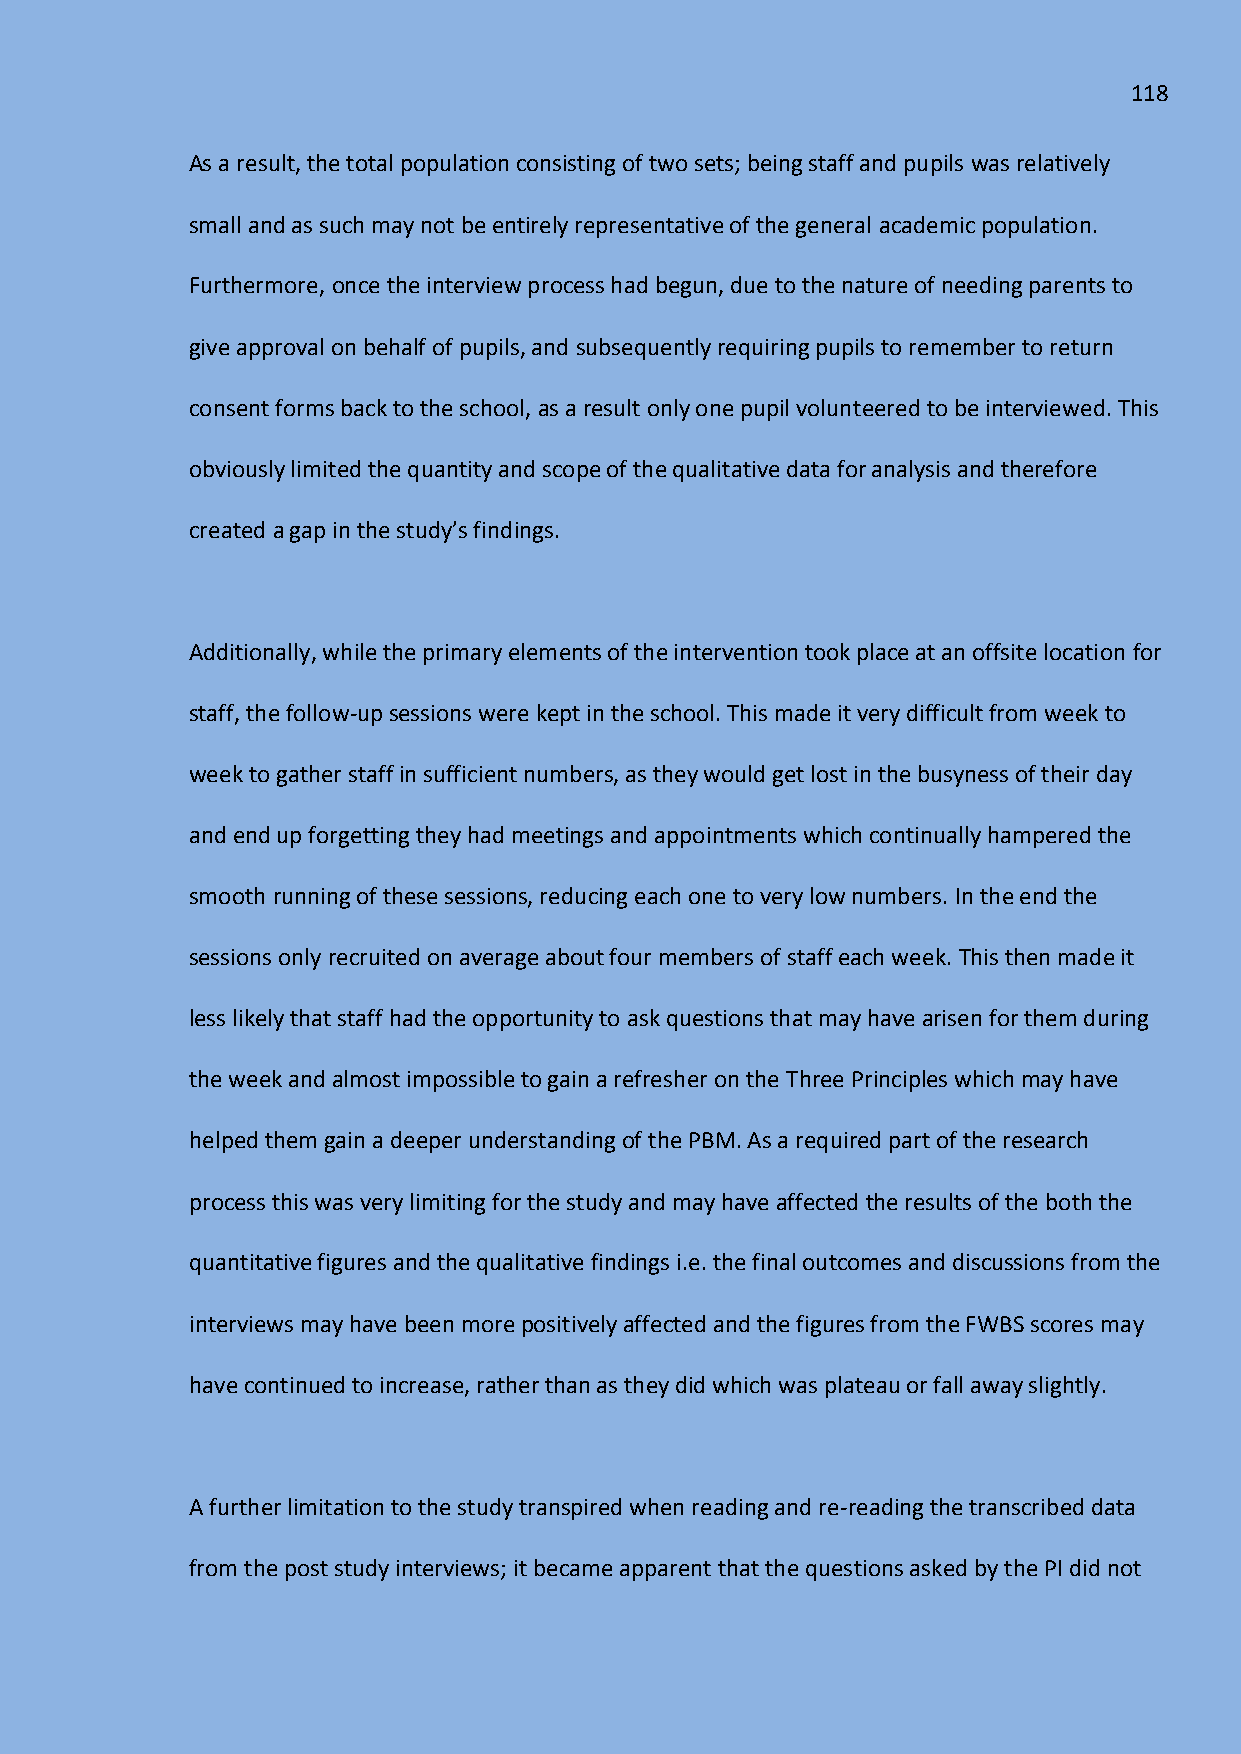
118
 As a result, the total population consisting of two sets; being staff and pupils was relatively
 small and as such may not be entirely representative of the general academic population.
 Furthermore, once the interview process had begun, due to the nature of needing parents to
 give approval on behalf of pupils, and subsequently requiring pupils to remember to return
 consent forms back to the school, as a result only one pupil volunteered to be interviewed. This
 obviously limited the quantity and scope of the qualitative data for analysis and therefore
 created a gap in the study’s findings.
 Additionally, while the primary elements of the intervention took place at an offsite location for
 staff, the follow-up sessions were kept in the school. This made it very difficult from week to
 week to gather staff in sufficient numbers, as they would get lost in the busyness of their day
 and end up forgetting they had meetings and appointments which continually hampered the
 smooth running of these sessions, reducing each one to very low numbers. In the end the
 sessions only recruited on average about four members of staff each week. This then made it
 less likely that staff had the opportunity to ask questions that may have arisen for them during
 the week and almost impossible to gain a refresher on the Three Principles which may have
 helped them gain a deeper understanding of the PBM. As a required part of the research
 process this was very limiting for the study and may have affected the results of the both the
 quantitative figures and the qualitative findings i.e. the final outcomes and discussions from the
 interviews may have been more positively affected and the figures from the FWBS scores may
 have continued to increase, rather than as they did which was plateau or fall away slightly.
 A further limitation to the study transpired when reading and re-reading the transcribed data
 from the post study interviews; it became apparent that the questions asked by the PI did not